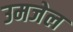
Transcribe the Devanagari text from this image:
उमजेल